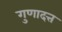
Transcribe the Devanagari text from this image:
गुणादत्त